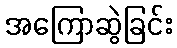
အကြောဆွဲခြင်း